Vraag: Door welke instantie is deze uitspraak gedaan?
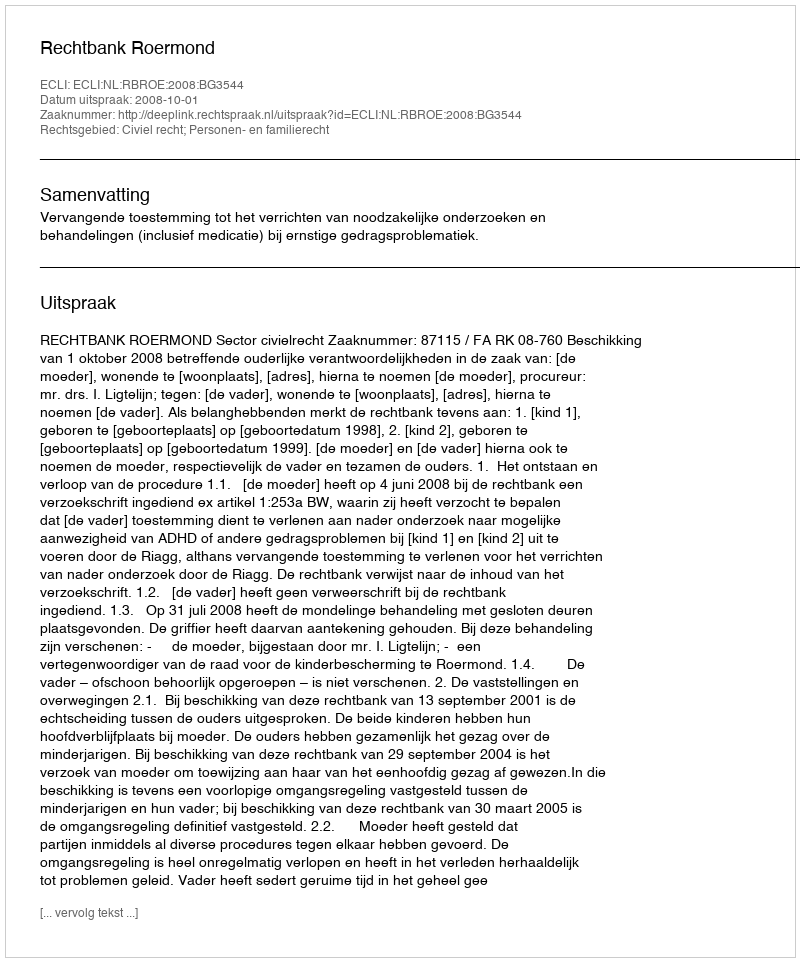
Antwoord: Rechtbank Roermond